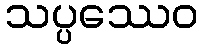
သပ္ပဿေဝ